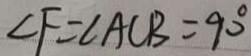
\angle F = \angle A C B = 9 0 ^ { \circ }